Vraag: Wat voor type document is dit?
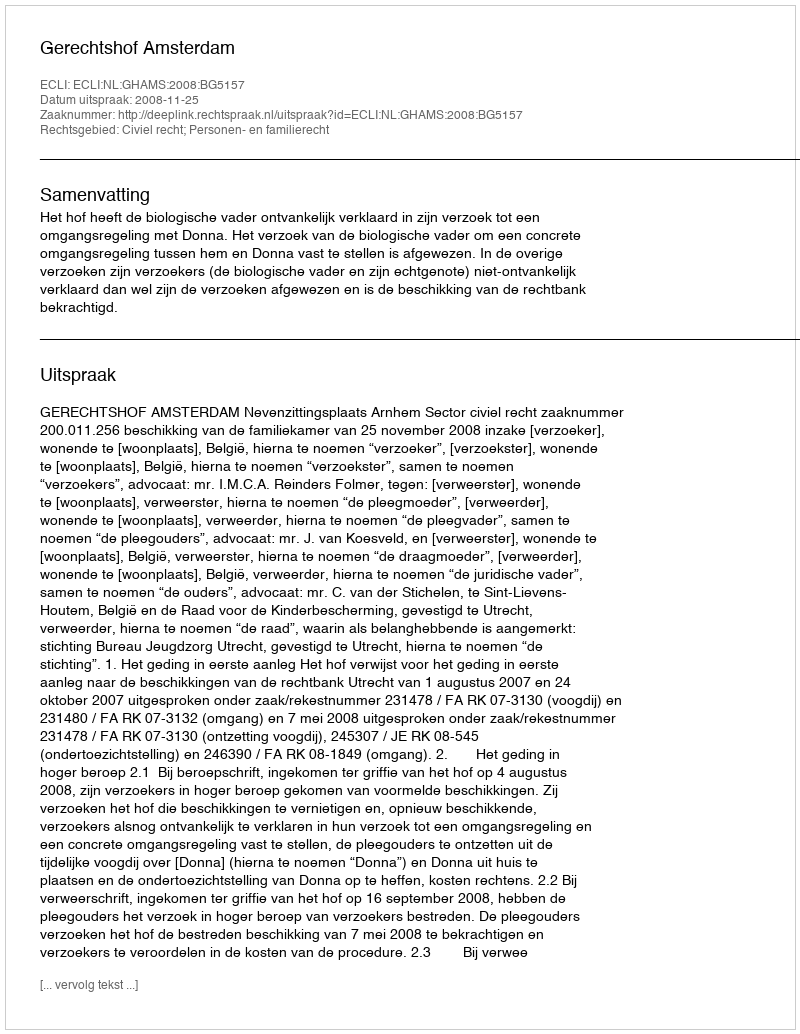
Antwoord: Uitspraak